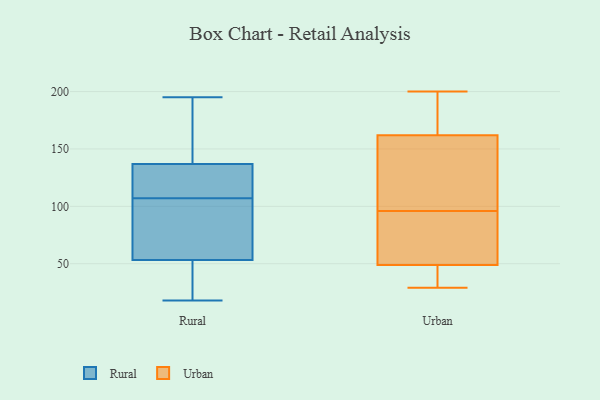
{"axis": {"x": "Customer Acquisition Cost (USD)", "y": "Value"}, "legend": ["Rural", "Urban"], "data": [{"x": "", "y": 92, "type": "Rural"}, {"x": "", "y": 75, "type": "Rural"}, {"x": "", "y": 41, "type": "Rural"}, {"x": "", "y": 18, "type": "Rural"}, {"x": "", "y": 139, "type": "Rural"}, {"x": "", "y": 22, "type": "Rural"}, {"x": "", "y": 104, "type": "Rural"}, {"x": "", "y": 107, "type": "Rural"}, {"x": "", "y": 53, "type": "Rural"}, {"x": "", "y": 110, "type": "Rural"}, {"x": "", "y": 111, "type": "Rural"}, {"x": "", "y": 117, "type": "Rural"}, {"x": "", "y": 31, "type": "Rural"}, {"x": "", "y": 185, "type": "Rural"}, {"x": "", "y": 145, "type": "Rural"}, {"x": "", "y": 131, "type": "Rural"}, {"x": "", "y": 149, "type": "Rural"}, {"x": "", "y": 54, "type": "Rural"}, {"x": "", "y": 195, "type": "Rural"}, {"x": "", "y": 42, "type": "Urban"}, {"x": "", "y": 96, "type": "Urban"}, {"x": "", "y": 62, "type": "Urban"}, {"x": "", "y": 182, "type": "Urban"}, {"x": "", "y": 200, "type": "Urban"}, {"x": "", "y": 168, "type": "Urban"}, {"x": "", "y": 99, "type": "Urban"}, {"x": "", "y": 51, "type": "Urban"}, {"x": "", "y": 41, "type": "Urban"}, {"x": "", "y": 89, "type": "Urban"}, {"x": "", "y": 114, "type": "Urban"}, {"x": "", "y": 29, "type": "Urban"}, {"x": "", "y": 160, "type": "Urban"}]}